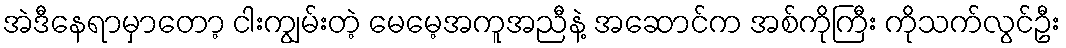
အဲဒီနေရာမှာတော့ ငါးကျွမ်းတဲ့ မေမေ့အကူအညီနဲ့ အဆောင်က အစ်ကိုကြီး ကိုသက်လွင်ဦး